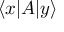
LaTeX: \langle x | A | y \rangle